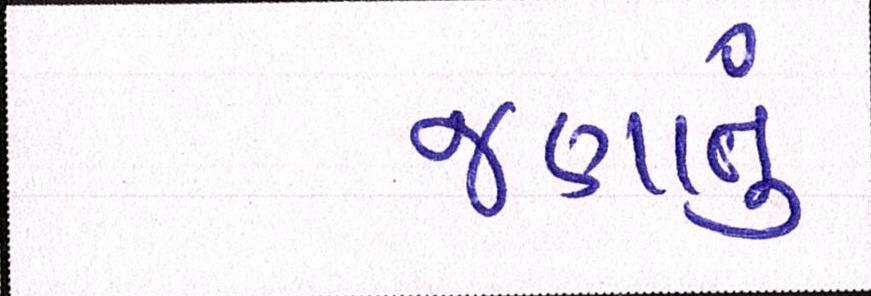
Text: જણાતું